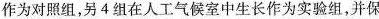
作为对照组，另4组在人工气候室中生长作为实验组，并保